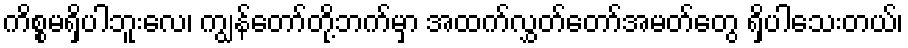
ကိစ္စမရှိပါဘူးလေ၊ ကျွန်တော်တို့ဘက်မှာ အထက်လွှတ်တော်အမတ်တွေ ရှိပါသေးတယ်၊